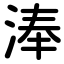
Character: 淎